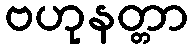
ဗဟုနတ္တာ